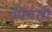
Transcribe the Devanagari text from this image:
पियारी